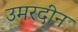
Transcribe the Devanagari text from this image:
उमरदीन